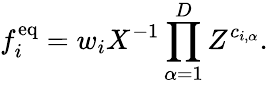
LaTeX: f_{i}^{\mathrm{eq}}=w_{i}X^{-1}\prod_{\alpha=1}^{D}Z^{c_{i,\alpha}}.